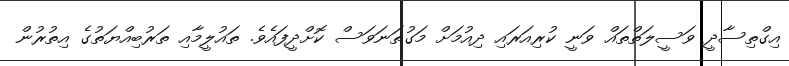
އިގްތިސާދީ ވަސީލަތްތައް ވަނީ ކުރިއަރައި ދިއުމަށް މަގުތަނަވަސް ކޮށްދީފައެވެ. ތައުލީމާއި ތަރުބިއްޔަތުގެ އިތުރުން